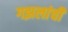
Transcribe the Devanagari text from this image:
गझलांची